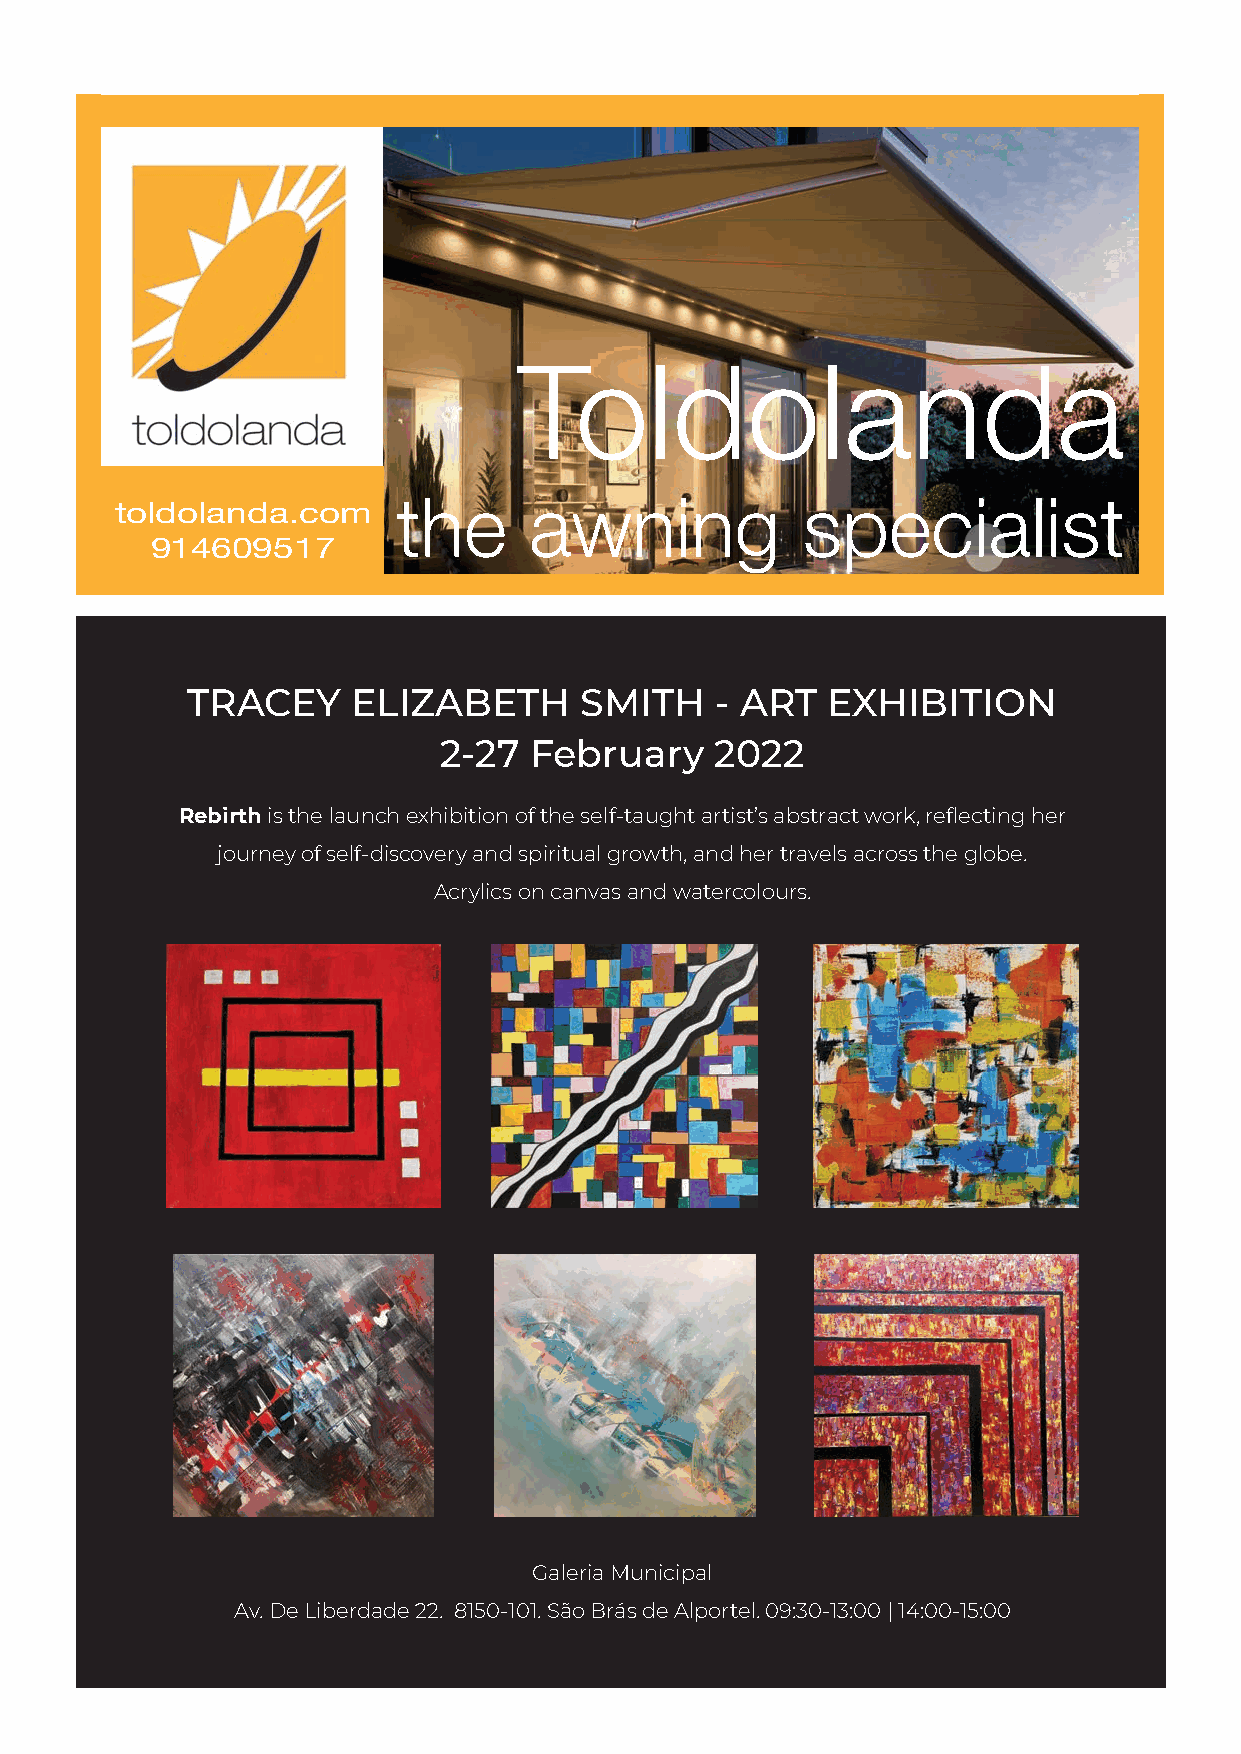
Toldolanda
 the      awning            specialist
 toldolanda.com
 914609517
 TRACEY     ELIZABETH      SMITH    - ART   EXHIBITION
 2-27  February    2022
 Rebirth is the launch exhibition of the self-taught artist’s abstract work, reflecting her
 journey of self-discovery and spiritual growth, and her travels across the globe.
 Acrylics on canvas and watercolours.
 Galeria Municipal
 Av. De Liberdade 22. 8150-101. São Brás de Alportel. 09:30-13:00 | 14:00-15:00